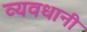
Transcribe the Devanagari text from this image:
व्यवधानी